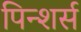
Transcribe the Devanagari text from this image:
पिन्शर्स